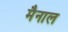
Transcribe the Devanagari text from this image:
मैनाल